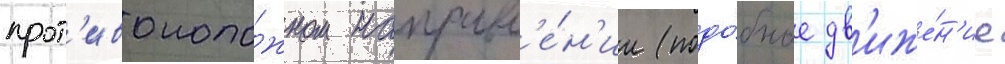
прот'ивополо́жном направл'е́н'ии (подо́бное дв'иже́н'ие